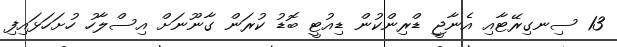
13 ސިނގިރޭޓާއި އެނާޖީ ޑްރިންކުން ޑިއުޓީ ބޮޑު ކުރަން ގާނޫނަށް އިސްލާހު ހުށަހަޅައިފި